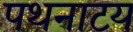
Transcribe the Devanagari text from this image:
पथनाटय